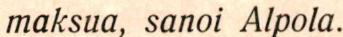
maksua, sanoi Alpola.